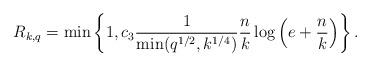
LaTeX: \begin{align*}R_{k,q} = \min\left\{ 1, c_3\frac{1}{\min(q^{1/2} , k^{1/4})} \frac{n}{k} \log\left( e+ \frac{n}{k}\right) \right\} .\end{align*}